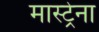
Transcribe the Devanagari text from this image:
मास्ट्रेना